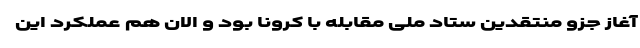
آغاز جزو منتقدین ستاد ملی مقابله با کرونا بود و الان هم عملکرد این